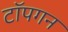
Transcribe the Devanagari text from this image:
टॉपगन